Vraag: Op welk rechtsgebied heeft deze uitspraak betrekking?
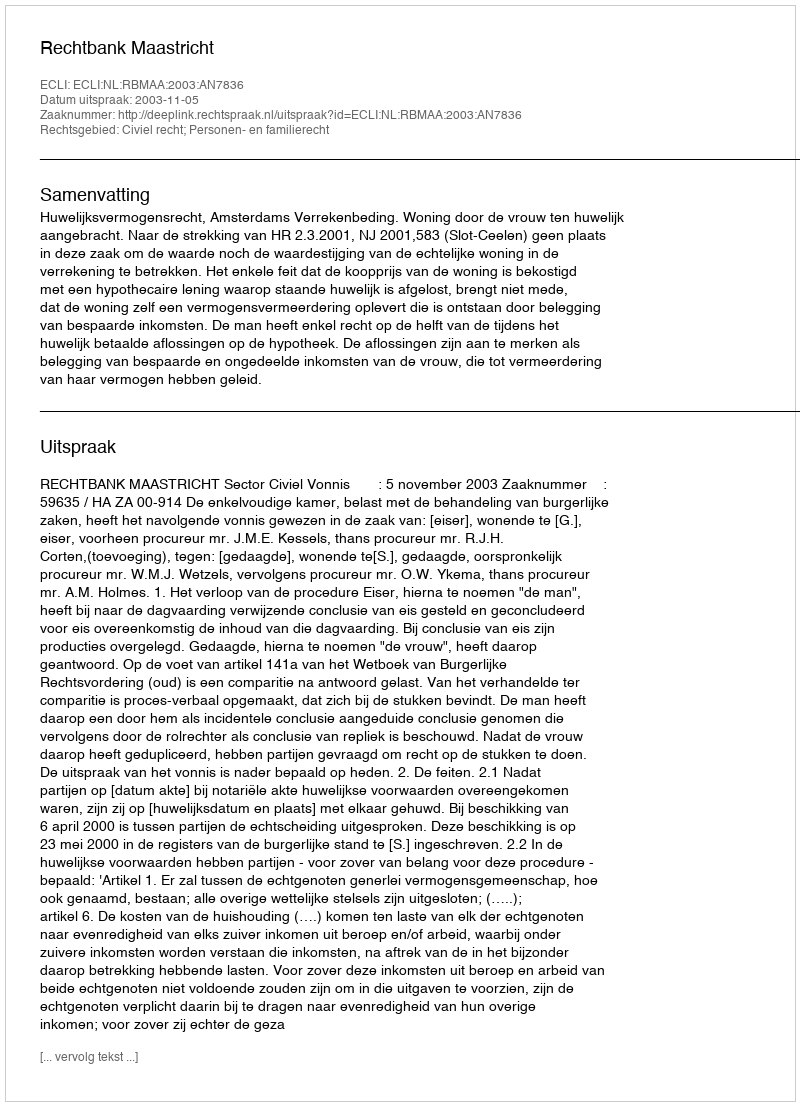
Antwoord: Civiel recht; Personen- en familierecht